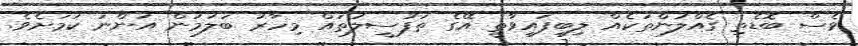
ވެސް ބޮޑެތި ގެއްލުންތަކެއް ލިބިފައިވާތީ އޭގެ ތަފުސީލުތައް މިހާރު ބަލަމުން އަންނަ ކަމަށެވެ.